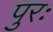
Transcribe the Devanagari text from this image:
पुरः